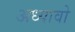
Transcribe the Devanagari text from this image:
अध्यावो